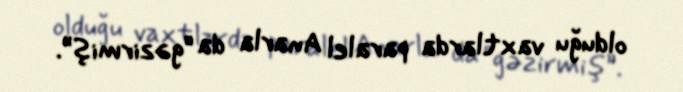
olduğu vaxtlarda paralel Anarla da “gəzirmiş”.